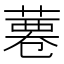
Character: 𦸊